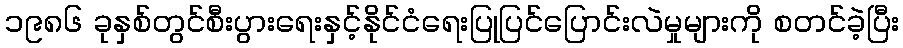
၁၉၈၆ ခုနှစ်တွင်စီးပွားရေးနှင့်နိုင်ငံရေးပြုပြင်ပြောင်းလဲမှုများကို စတင်ခဲ့ပြီး